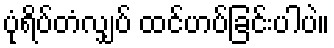
ပုံရိပ်တံလျှပ် ထင်ဟပ်ခြင်းပါပဲ။